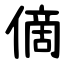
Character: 㒀